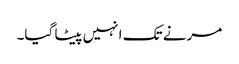
مرنے تک انہیں پیٹا گیا۔